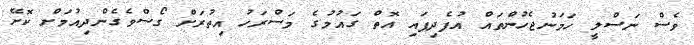
ވެސް ނަސްލީ ހަމަނުޖެހުންތައް އުފެދިފައި އޮތް ގައުމުގެ މަސްރަހު އިތުރަށް ގޯސްވެގެންދިއުމަށް ކޮށޭ